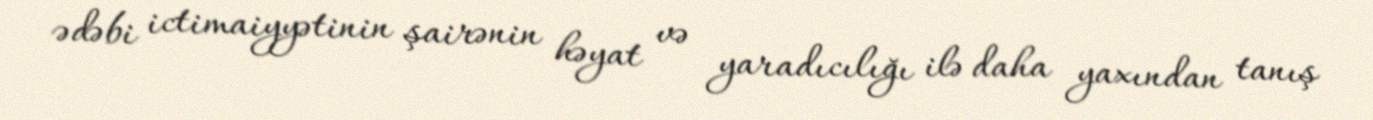
ədəbi ictimaiyyətinin şairənin həyat və yaradıcılığı ilə daha yaxından tanış